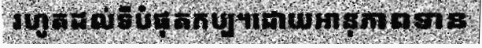
រហូតដល់ទីបំផុតកប្ប។ដោយអានុភាពទាន